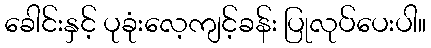
ခေါင်းနှင့် ပုခုံးလေ့ကျင့်ခန်း ပြုလုပ်ပေးပါ။